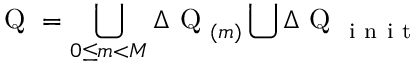
\mathrm { ~ Q ~ } = \bigcup _ { 0 \leq m < M } \Delta \mathrm { ~ Q ~ } _ { ( m ) } \bigcup \Delta \mathrm { ~ Q ~ } _ { \mathrm { ~ i ~ n ~ i ~ t ~ } }